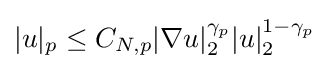
|u|_{p}\leq C_{N,p}|\nabla u|_{2}^{\gamma _{p}}|u|_{2}^{1-\gamma _{p}}